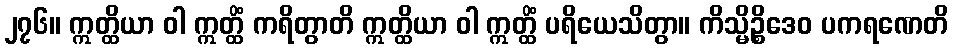
၂၇၆။ ဣတ္ထိယာ ဝါ ဣတ္ထိံ ကရိတွာတိ ဣတ္ထိယာ ဝါ ဣတ္ထိံ ပရိယေသိတွာ။ ကိသ္မိဉ္စိဒေဝ ပကရဏေတိ